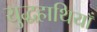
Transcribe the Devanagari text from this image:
युद्धहाथियाँ